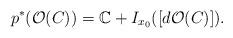
LaTeX: \begin{align*} p^*(\mathcal O(C))=\mathbb C+I_{x_0}([d\mathcal O(C)]). \end{align*}